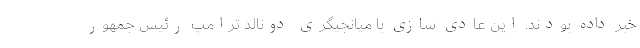
خبر داده بودند. این عادی سازی با میانجیگری دونالد ترامپ رئیس جمهور